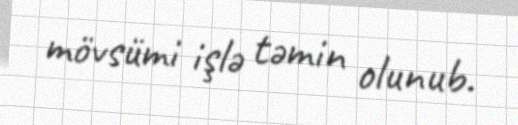
mövsümi işlə təmin olunub.